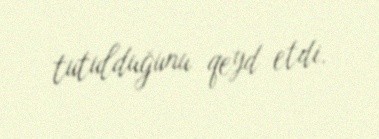
tutulduğunu qeyd etdi.